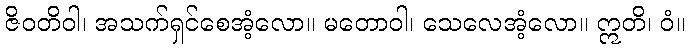
ဇိဝတိဝါ၊ အသက်ရှင်စေအံ့လော။ မတောဝါ၊ သေလေအံ့လော။ ဣတိ၊ ဝံ။